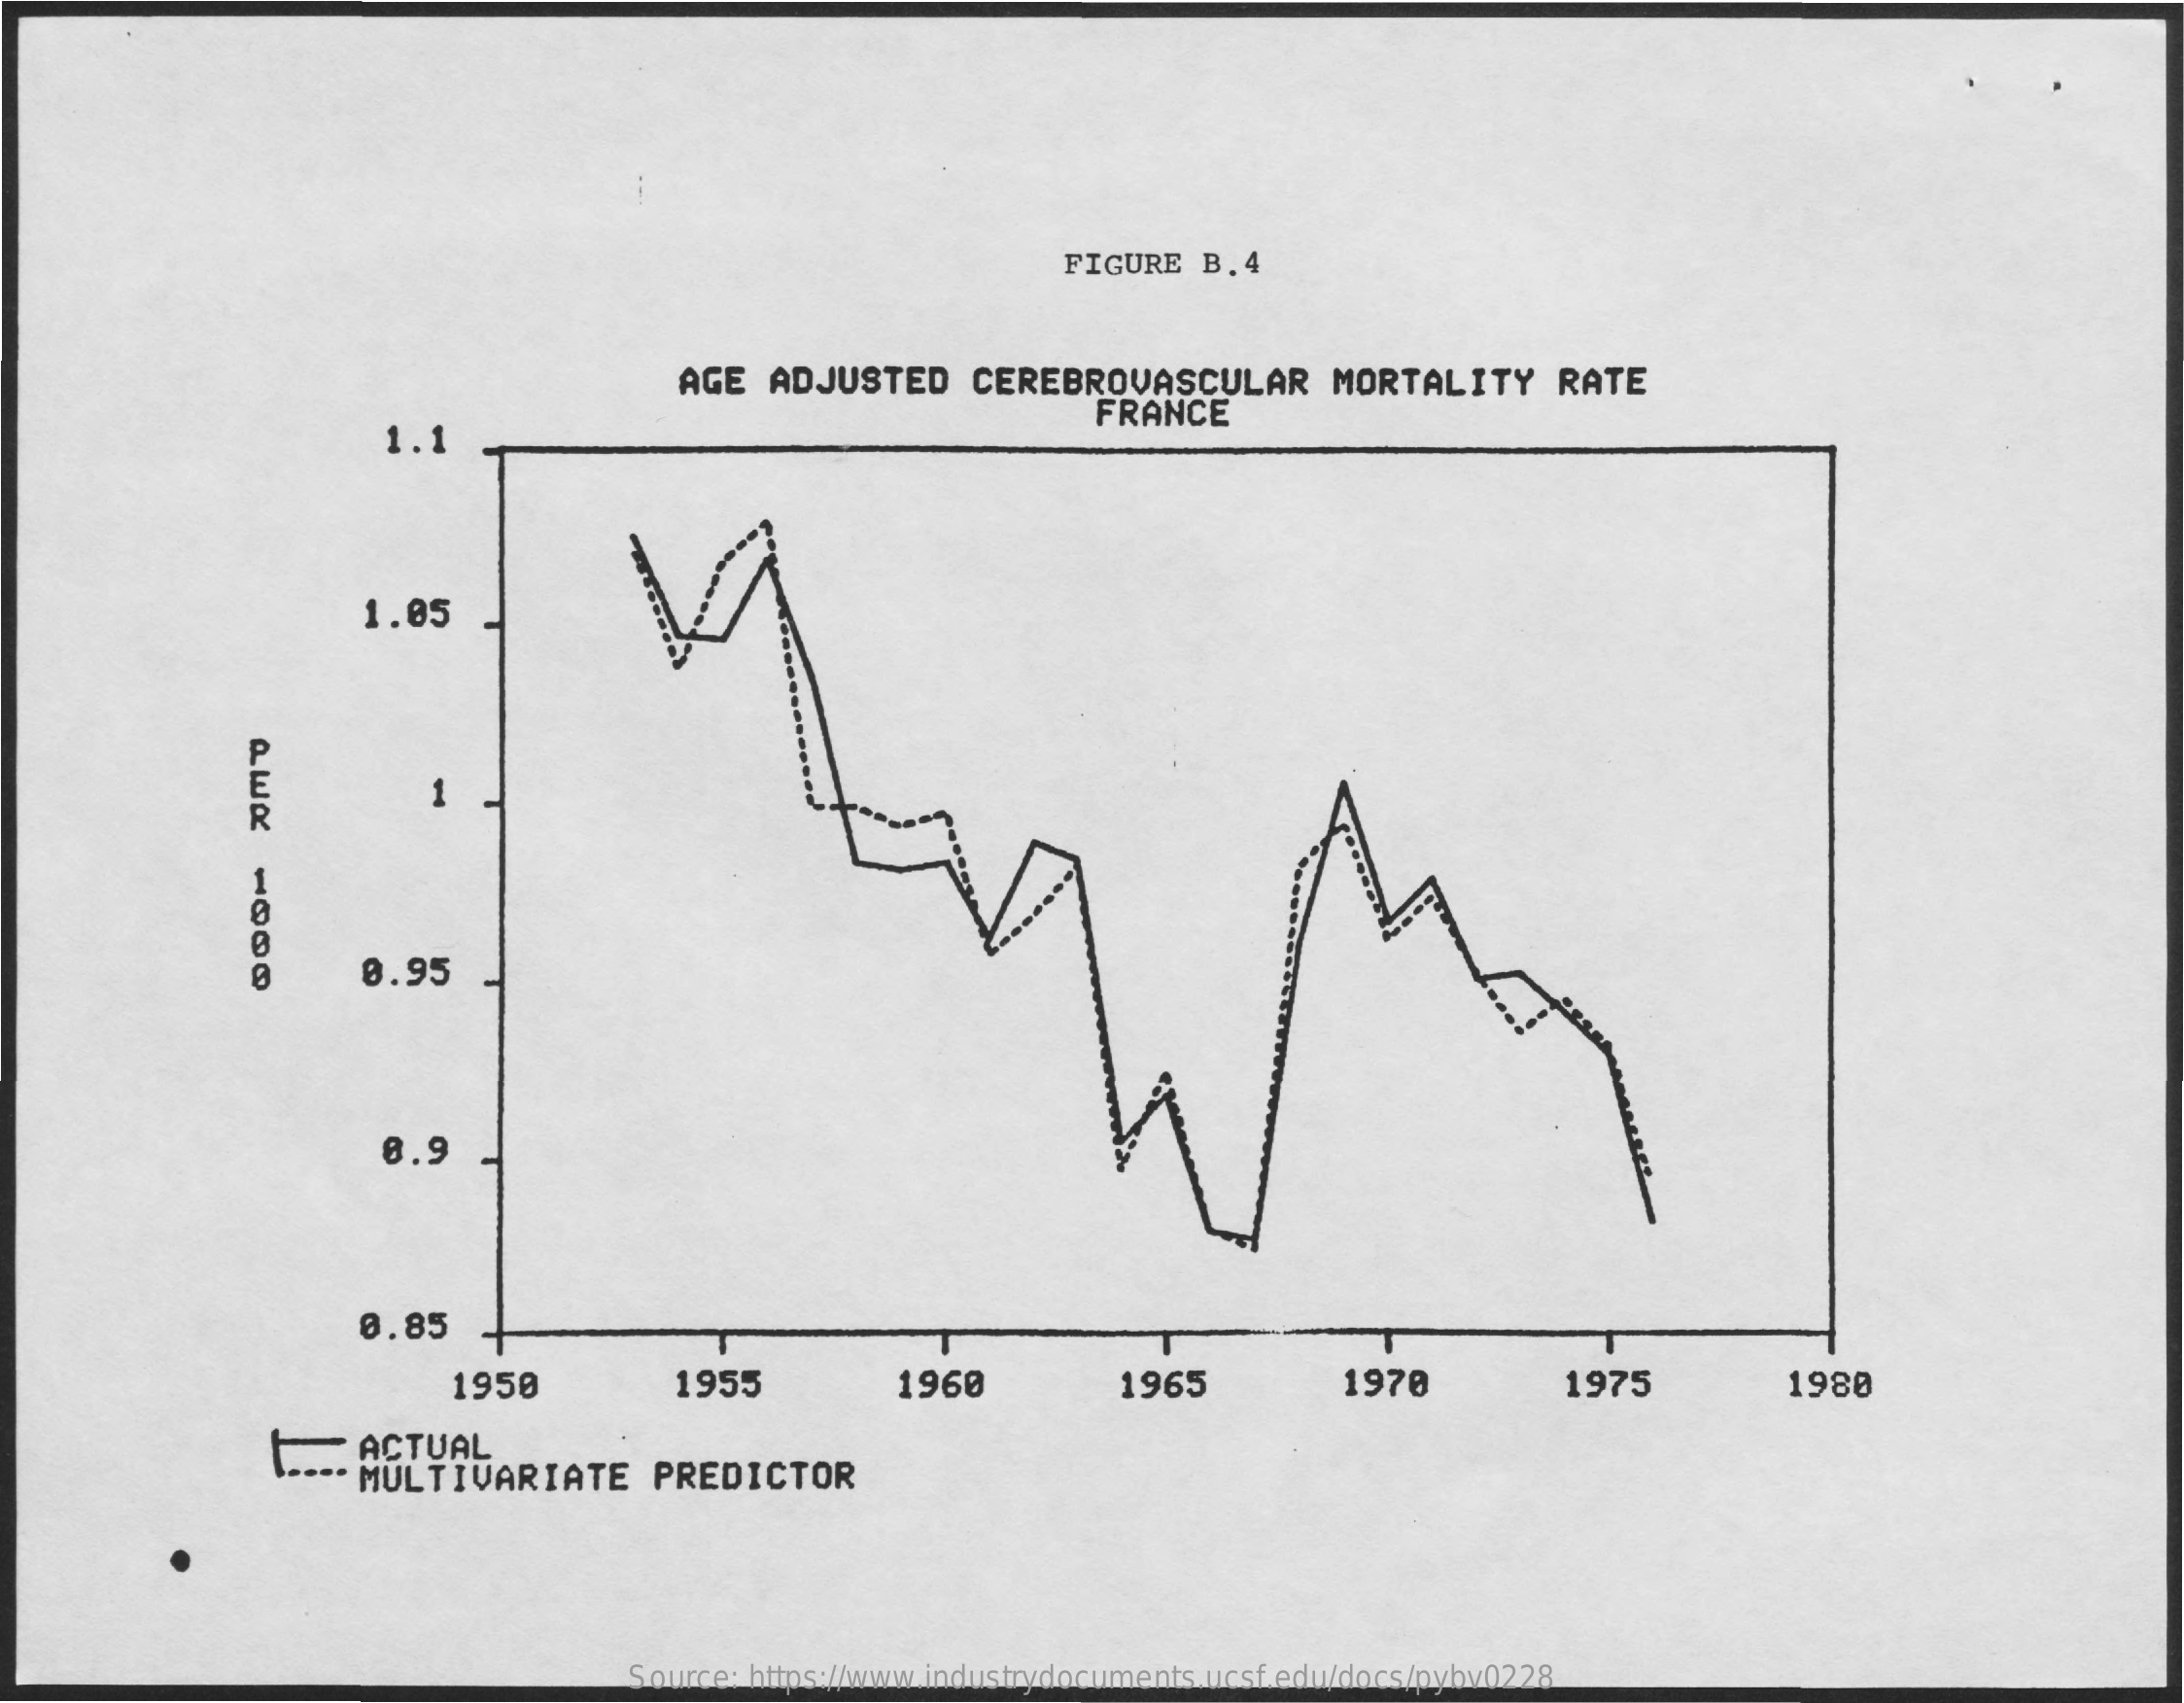
FIGURE   B.4
     AGE   ADJUSTED    CEREBROVASCULAR    MORTALITY    RATE
     1.1
     FRANCE
     1.05
     0.95
     8.9
     0.85
     1950    1955    1960    1965    1970    1975    1980
     E_    ACTUAL
     MULTIVARIATE    PREDICTOR
     Source: https://www.industrydocuments.ucsf.edu/docs/pybv0228